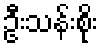
ဦးသန်းစိုး